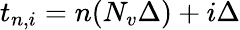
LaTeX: t_{n,i}=n(N_{v}\Delta)+i\Delta